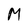
Character: M